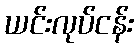
ယင်းလုပ်ငန်း